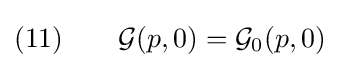
(11)\qquad {\mathcal {G}}(p,0)={\mathcal {G}}_{0}(p,0)